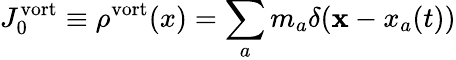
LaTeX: J_{0}^{\mathrm{vort}}\equiv\rho^{\mathrm{vort}}(x)=\sum_{a}m_{a}\delta({\mathbf x-x}_{a}(t))